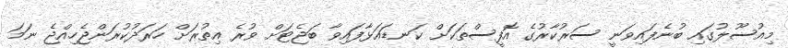
މިއުސޫލުގައި ބުނެފައިވަނީ ސަރުކާރުގެ އޮފީސްތަކަށް ކަނޑައަޅާފައިވާ ބަޖެޓަށް ވުރެ އިތުރަށް ހަރަދުކުރަންޖެހިއްޖެ ނަމަ